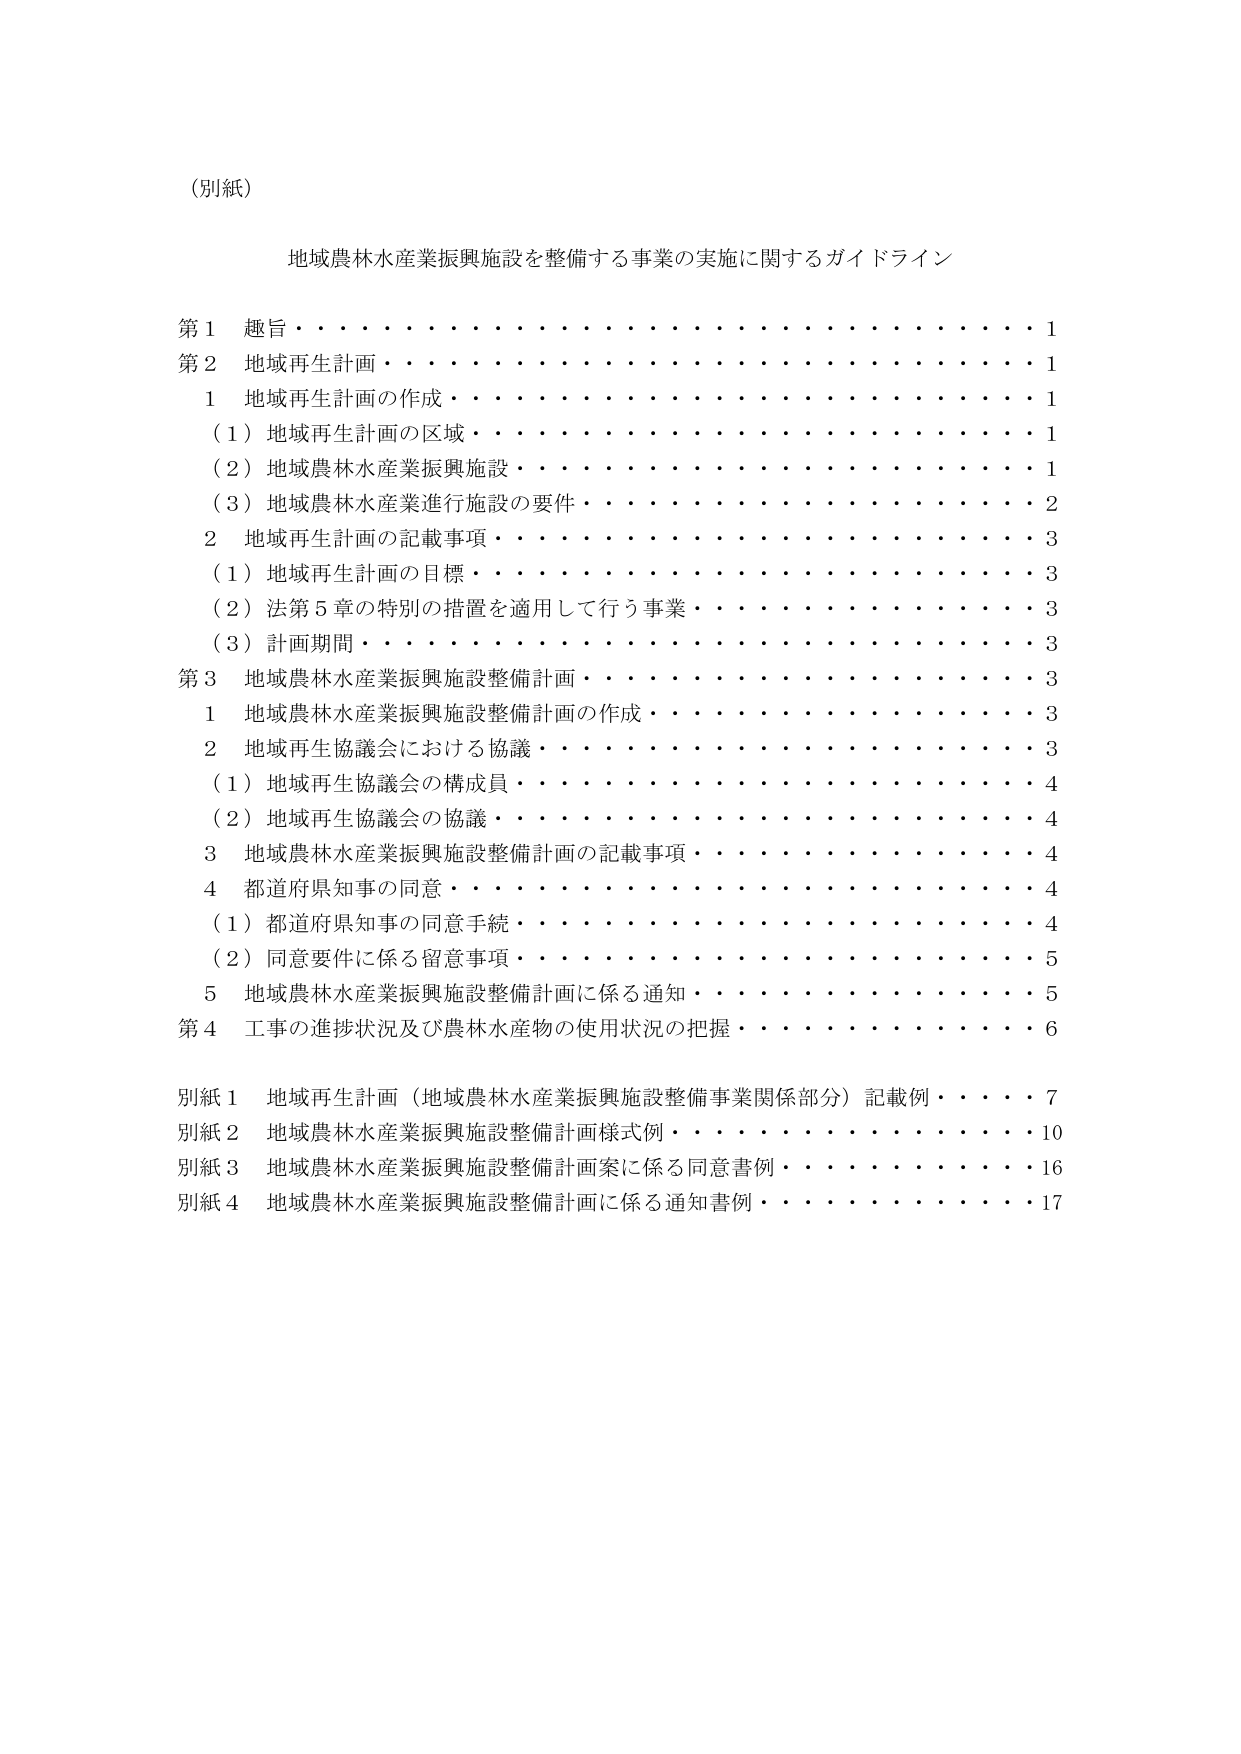
（別紙）

地域農林水産業振興施設を整備する事業の実施に関するガイドライン

第１ 趣旨・・・・・・・・・・・・・・・・・・・・・・・・・・・・・・・・・・１
第２ 地域再生計画・・・・・・・・・・・・・・・・・・・・・・・・・・・・・・１
　１ 地域再生計画の作成・・・・・・・・・・・・・・・・・・・・・・・・・・・・１
　　（１）地域再生計画の区域・・・・・・・・・・・・・・・・・・・・・・・・・・１
　　（２）地域農林水産業振興施設・・・・・・・・・・・・・・・・・・・・・・・・１
　　（３）地域農林水産業進行施設の要件・・・・・・・・・・・・・・・・・・・・２
　２ 地域再生計画の記載事項・・・・・・・・・・・・・・・・・・・・・・・・・・３
　　（１）地域再生計画の目標・・・・・・・・・・・・・・・・・・・・・・・・・・３
　　（２）法第５章の特別の措置を適用して行う事業・・・・・・・・・・・・・・３
　　（３）計画期間・・・・・・・・・・・・・・・・・・・・・・・・・・・・・・３
第３ 地域農林水産業振興施設整備計画・・・・・・・・・・・・・・・・・・・・３
　１ 地域農林水産業振興施設整備計画の作成・・・・・・・・・・・・・・・・・・３
　２ 地域再生協議会における協議・・・・・・・・・・・・・・・・・・・・・・・３
　　（１）地域再生協議会の構成員・・・・・・・・・・・・・・・・・・・・・・・４
　　（２）地域再生協議会の協議・・・・・・・・・・・・・・・・・・・・・・・・４
　３ 地域農林水産業振興施設整備計画の記載事項・・・・・・・・・・・・・・・４
　４ 都道府県知事の同意・・・・・・・・・・・・・・・・・・・・・・・・・・・４
　　（１）都道府県知事の同意手続・・・・・・・・・・・・・・・・・・・・・・・４
　　（２）同意要件に係る留意事項・・・・・・・・・・・・・・・・・・・・・・・５
　５ 地域農林水産業振興施設整備計画に係る通知・・・・・・・・・・・・・・・５
第４ 工事の進捗状況及び農林水産物の使用状況の把握・・・・・・・・・・・・６

別紙１ 地域再生計画（地域農林水産業振興施設整備事業関係部分）記載例・・・・７
別紙２ 地域農林水産業振興施設整備計画様式例・・・・・・・・・・・・・・・・１０
別紙３ 地域農林水産業振興施設整備計画案に係る同意書例・・・・・・・・・・・１６
別紙４ 地域農林水産業振興施設整備計画に係る通知書例・・・・・・・・・・・・１７